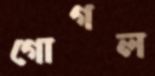
গোগল